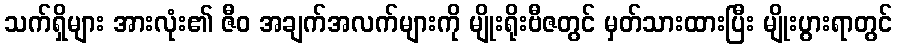
သက်ရှိများ အားလုံး၏ ဇီဝ အချက်အလက်များကို မျိုးရိုးဗီဇတွင် မှတ်သားထားပြီး မျိုးပွားရာတွင်